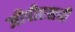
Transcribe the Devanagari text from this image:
जीपीएसची